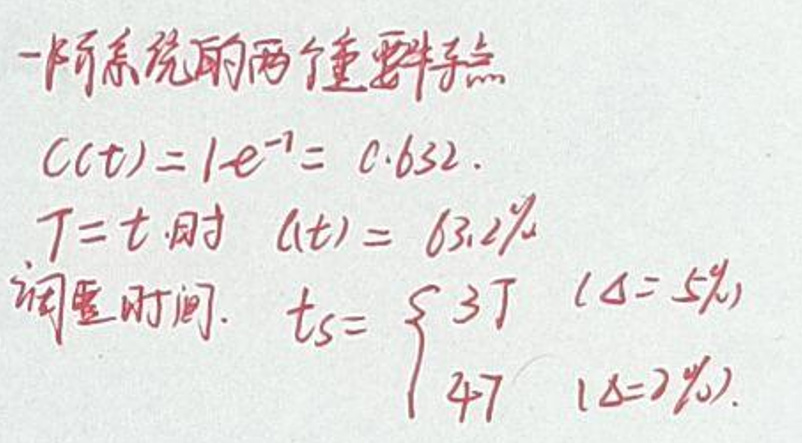
一阶系统的两个重要特点：

\(C(t)=1 - e^{-1}=0.632\)

\(T = t\)时 \(a(t)=63.2\%\)

调节时间：\(t_s=\begin{cases}3T (\Delta = 5\%)\\4T (\Delta = 2\%)\end{cases}\)